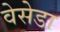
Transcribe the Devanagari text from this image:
वेसेडा